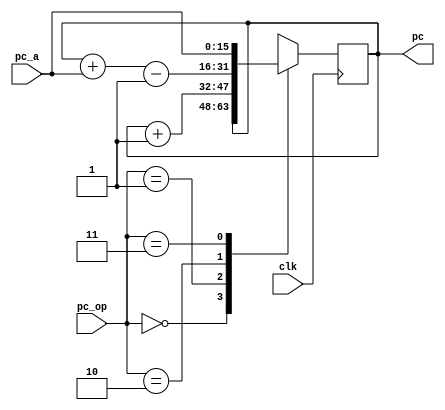
module program_counter(
    input             clk,
    input [1:0]       pc_op,
    input [15:0]      pc_a,
    output reg [15:0] pc = INITIAL_PC
    );

   parameter INITIAL_PC = 16'b0;
   
  always @(posedge clk)
    case (pc_op)
      2'b00: pc <= pc;
      2'b01: pc <= pc + 1'b1;
      2'b10: pc <= pc + pc_a - 1'b1; // -1 because we increment before branching
      2'b11: pc <= pc_a;
    endcase
endmodule